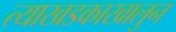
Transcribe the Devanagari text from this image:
त्याखडकाखालुन